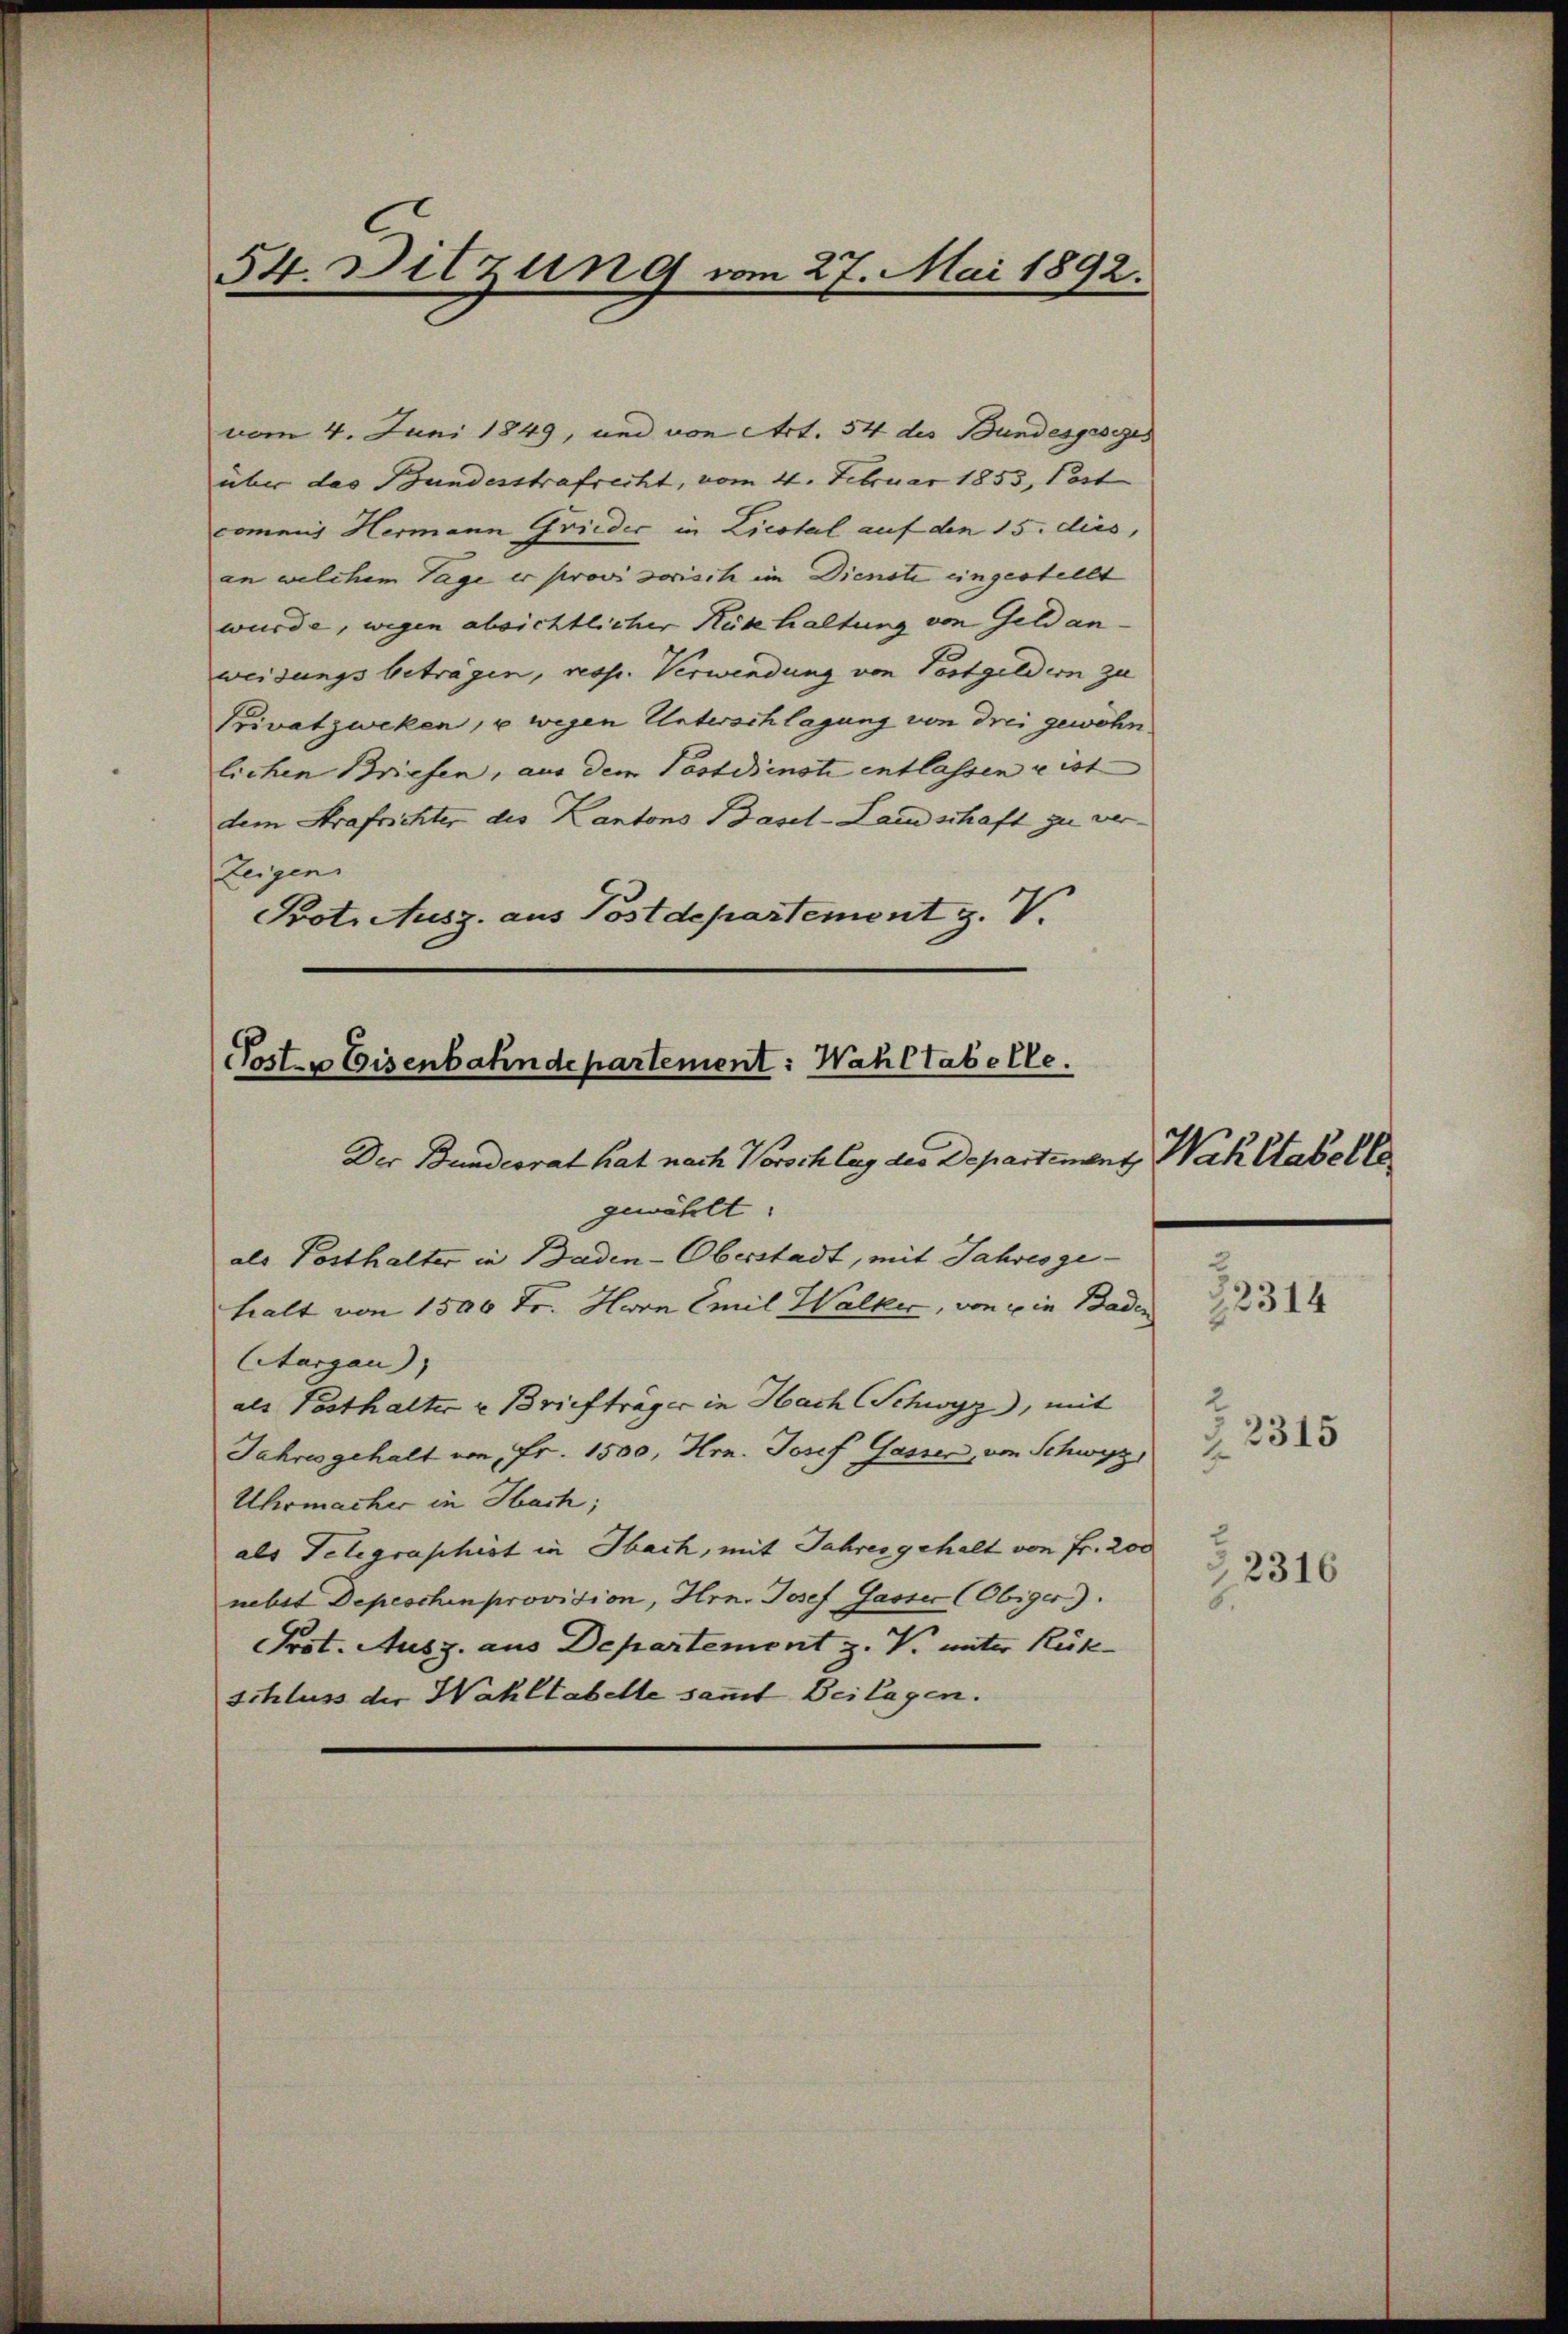
54. Ditzung vom 27. Mai 1892.

vom 4. Juni 1849, und von Art. 54 des Bundesgesezes
über das Bundesstrafrecht, vom 4. Februar 1853, Part
commis Hermann Frieder in Liestal auf den 15. dies,
an welchem Tage er provisorisch im Dienste eingestellt
wurde, wegen absichtlicher Rükhaltung von Geldan-
weisungsbeträgen, resp. Verwendung von Postgeldern zu
Privatzweken, u wegen Unterschlagung von drei gewöhnlichen Briefen, aus dem Posterinste entlassen u ist
dem Strafrichter des Kantons Basel-Landschaft zu ver¬
Zeigen
Prot. Ausz. aus Postdepartement z. V.

Poster Eisenbahndepartement: Wahl tabelle.

Der Bundesrat hat nach Vorschlag des Departement, Wahltabelle
gewählt:
als Posthalter in Baden-Oberstadt, mit Jahresgehalt von 1500 Fr. Horn Emil Walker, von ein Baden
Aturgau
als Pesthalter u Briefträger in Hach Schwyz), mit
Jahres gehalt von Fr. 1500, Hrn. Josef Gassen, von Schwyz,
Uhrmacher in Hach;
als Telegraphist in Ibach, mit Jahrer gehalt von Fr. 200
nebst Depeschen provision, Hrn. Josef Gasser (Obiger).
Prot. Ausz. aus Departement z. V. unter Rück-
Schluss der Wahltabelle sammt Beilagen.

.

2.

22314

3315

2316